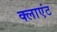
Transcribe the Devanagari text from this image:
क्‍लाएंट